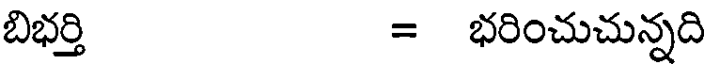
బిభర్తి = భరించుచున్నది